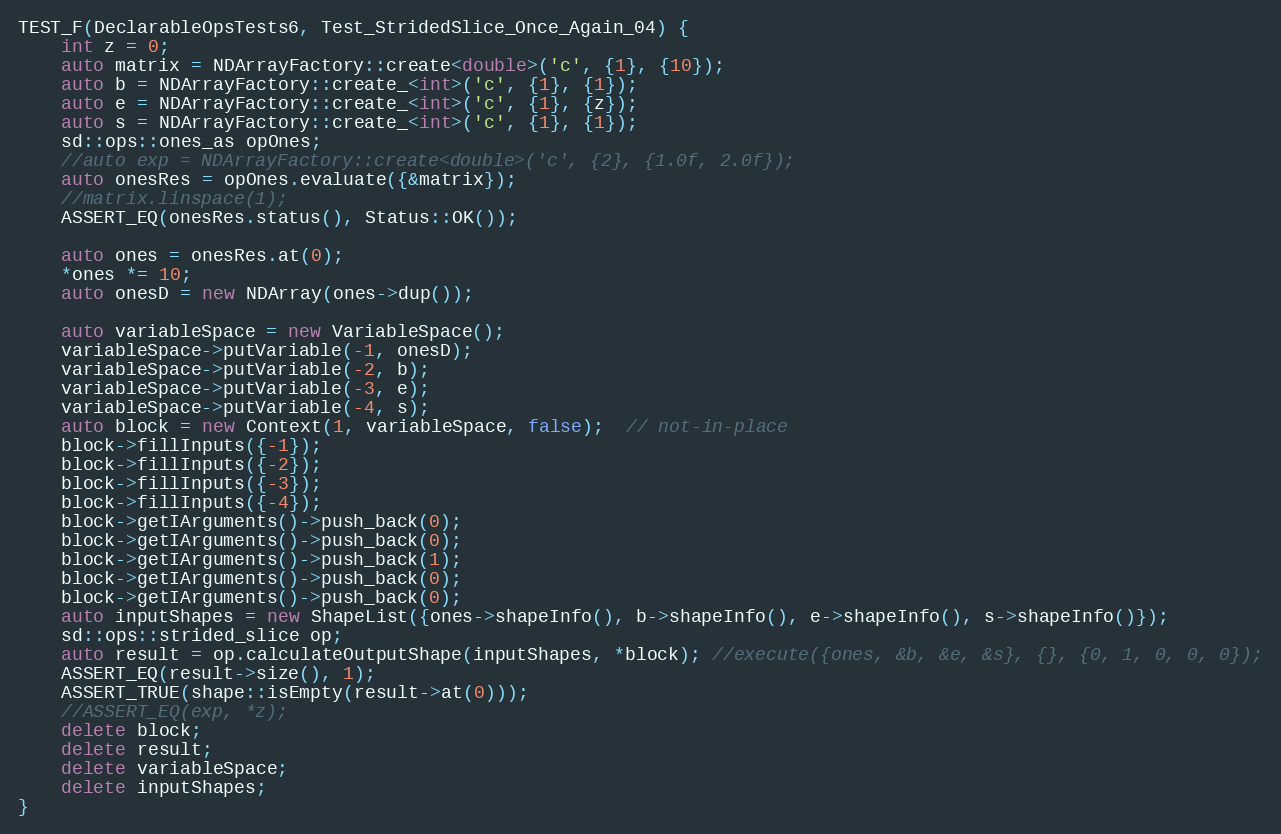
Language: C++
TEST_F(DeclarableOpsTests6, Test_StridedSlice_Once_Again_04) {
    int z = 0;
    auto matrix = NDArrayFactory::create<double>('c', {1}, {10});
    auto b = NDArrayFactory::create_<int>('c', {1}, {1});
    auto e = NDArrayFactory::create_<int>('c', {1}, {z});
    auto s = NDArrayFactory::create_<int>('c', {1}, {1});
    sd::ops::ones_as opOnes;
    //auto exp = NDArrayFactory::create<double>('c', {2}, {1.0f, 2.0f});
    auto onesRes = opOnes.evaluate({&matrix});
    //matrix.linspace(1);
    ASSERT_EQ(onesRes.status(), Status::OK());

    auto ones = onesRes.at(0);
    *ones *= 10;
    auto onesD = new NDArray(ones->dup());

    auto variableSpace = new VariableSpace();
    variableSpace->putVariable(-1, onesD);
    variableSpace->putVariable(-2, b);
    variableSpace->putVariable(-3, e);
    variableSpace->putVariable(-4, s);
    auto block = new Context(1, variableSpace, false);  // not-in-place
    block->fillInputs({-1});
    block->fillInputs({-2});
    block->fillInputs({-3});
    block->fillInputs({-4});
    block->getIArguments()->push_back(0);
    block->getIArguments()->push_back(0);
    block->getIArguments()->push_back(1);
    block->getIArguments()->push_back(0);
    block->getIArguments()->push_back(0);
    auto inputShapes = new ShapeList({ones->shapeInfo(), b->shapeInfo(), e->shapeInfo(), s->shapeInfo()});
    sd::ops::strided_slice op;
    auto result = op.calculateOutputShape(inputShapes, *block); //execute({ones, &b, &e, &s}, {}, {0, 1, 0, 0, 0});
    ASSERT_EQ(result->size(), 1);
    ASSERT_TRUE(shape::isEmpty(result->at(0)));
    //ASSERT_EQ(exp, *z);
    delete block;
    delete result;
    delete variableSpace;
    delete inputShapes;
}